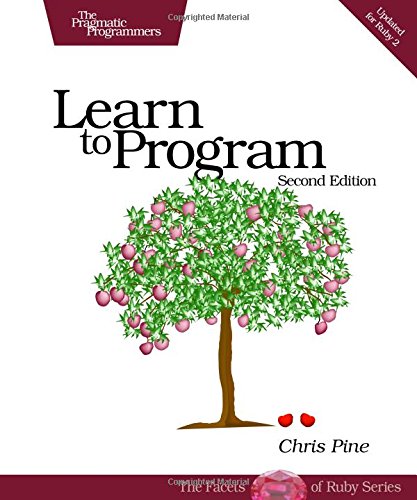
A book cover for Learn to Program, Second Edition (The Facets of Ruby Series); Chris Pine; Computers & Technology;